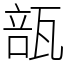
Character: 瓿